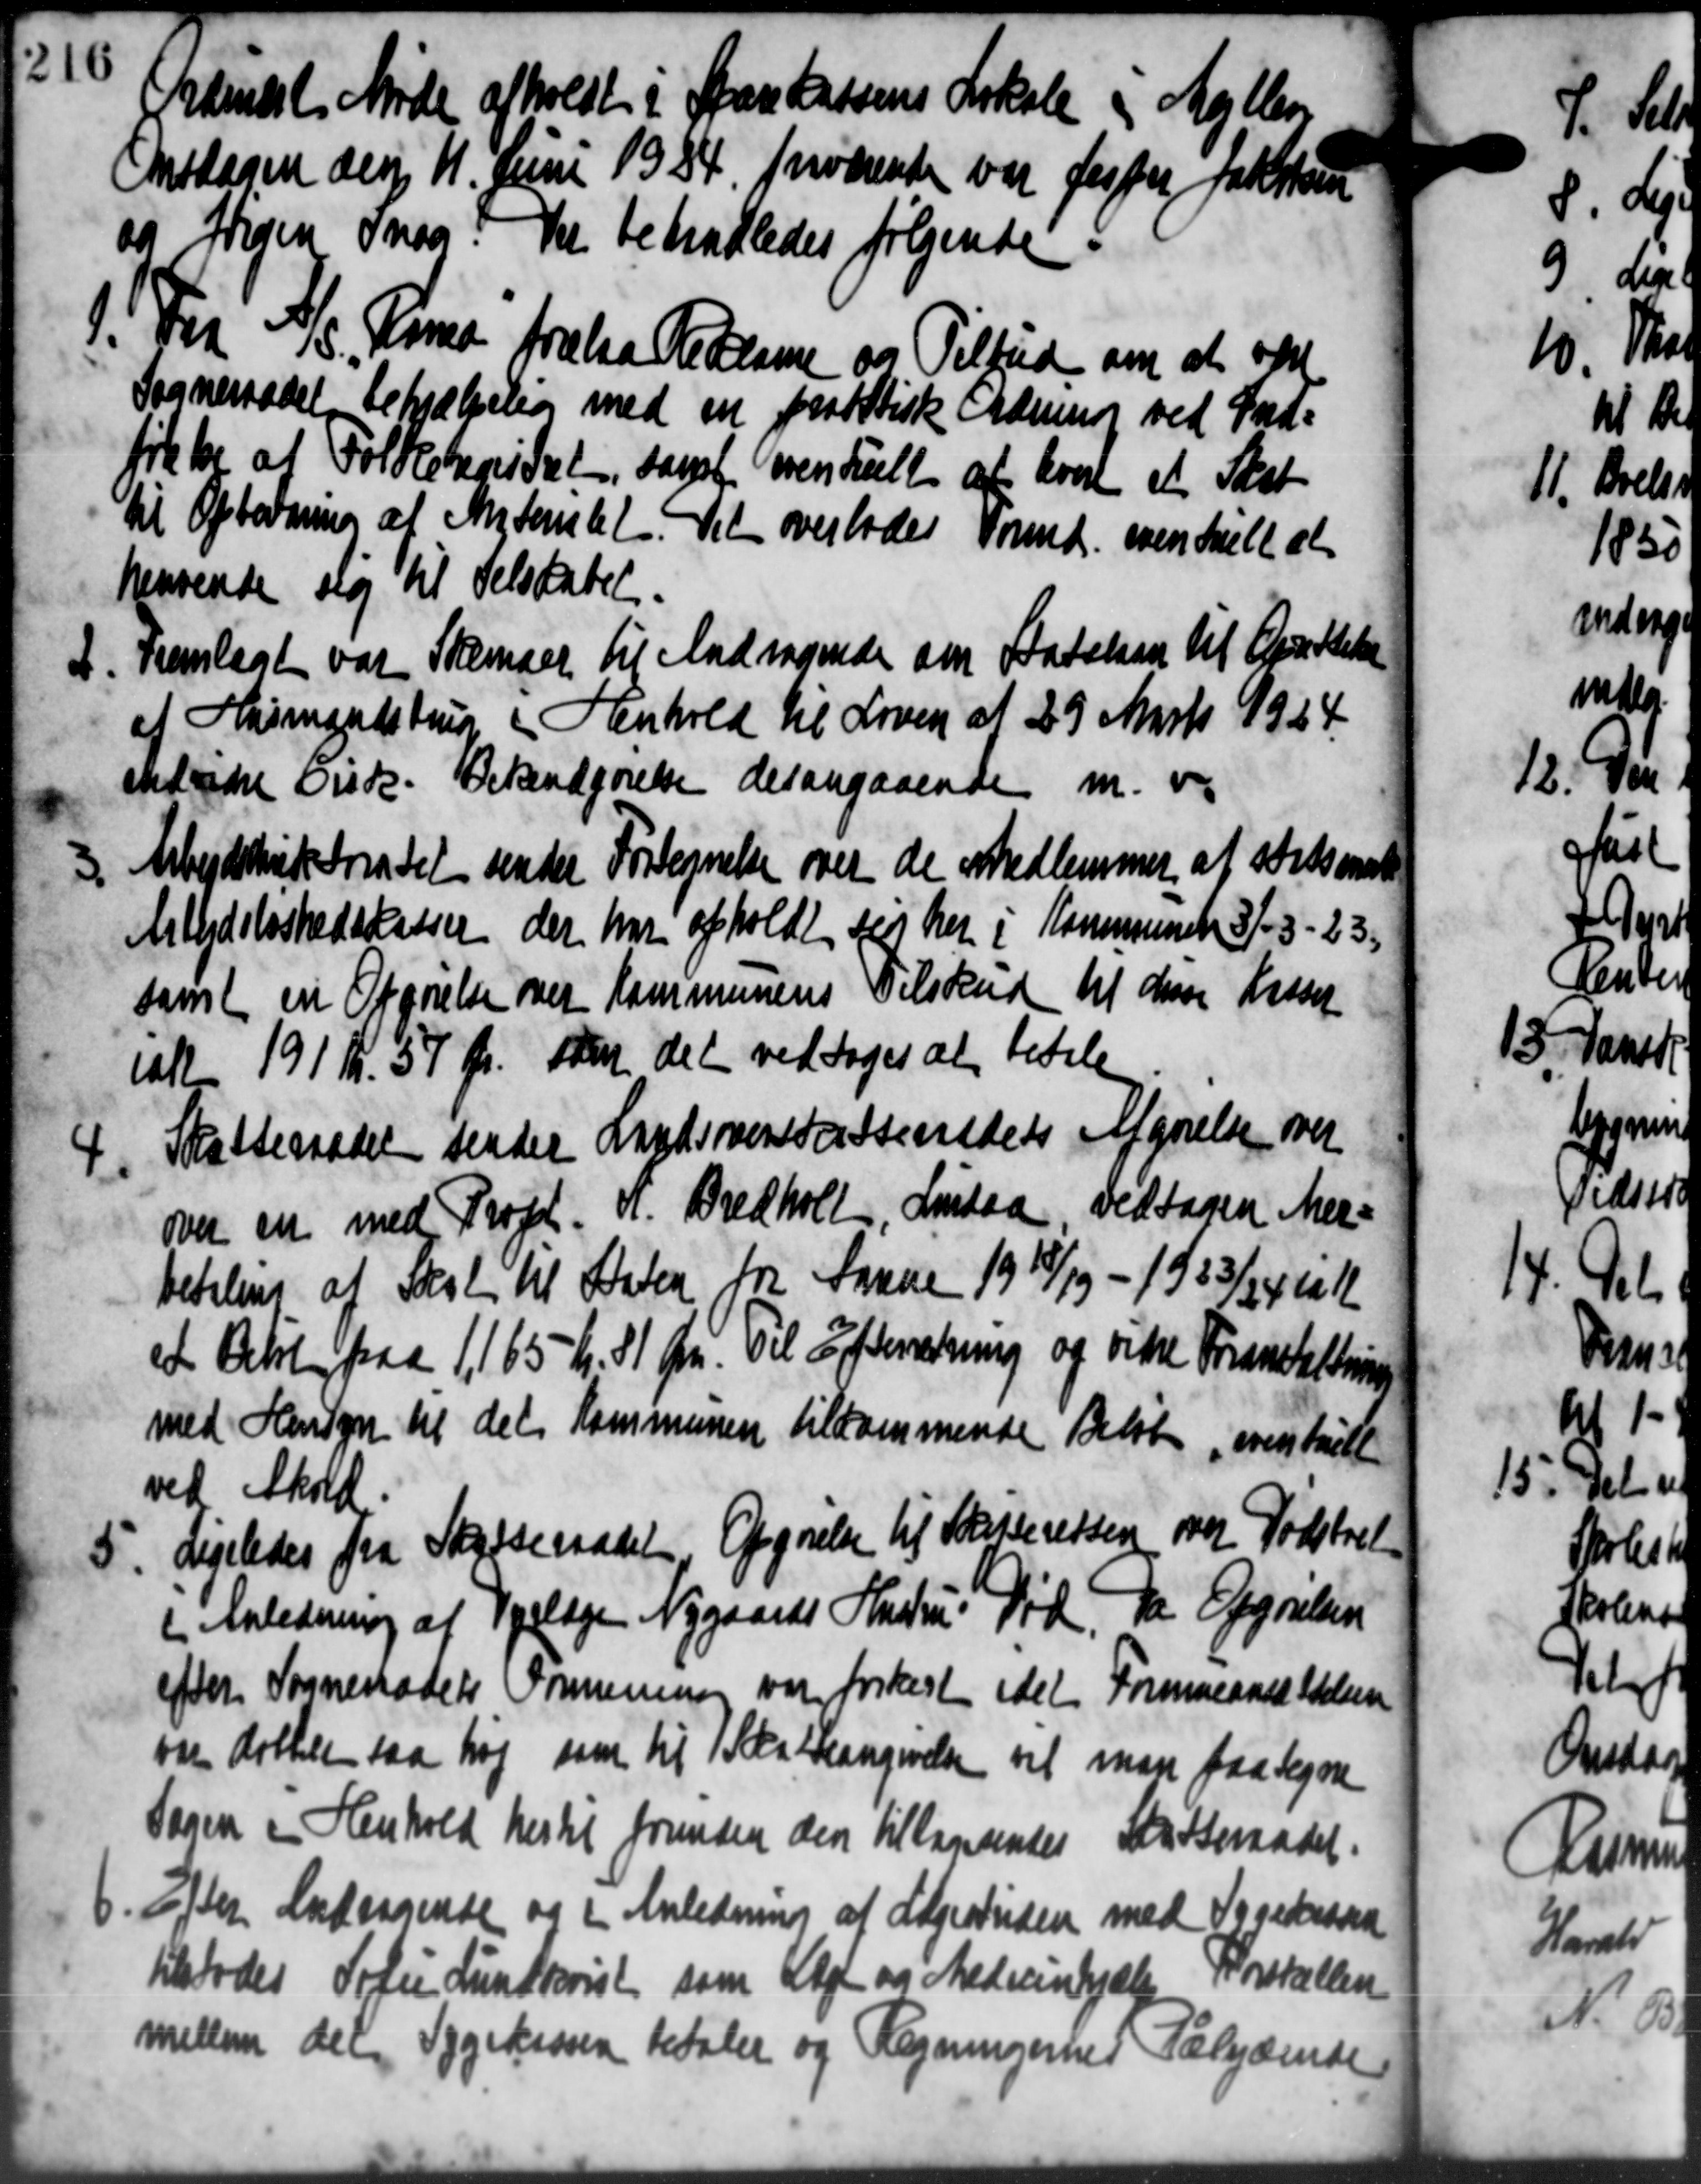
Transskription:
Brandste Møde afholdt i Sparekassens Lokale i A
Onsdagen den 11. Juni 1924 Brødrende var Jesper Jakobsen
og Inden Snog. Der behanledes følgende
14
14 i A/S. Rima frelaa Pederne og Tilbud om at være
Sogneraadet behjælpelig med en paatstiske Ordning ved Ind-
tiktor at Folkebordet, samt eventuelt af hvert et Skat
til Oplodning af Materialet. Det overlodes Formd. oventuelt at
hensende slag til Selskabet.
7. Fremlagt var Skemaer til Andragende om Batelsen til Oprettelse
7. Fremlagt var Skemaer til Andragende om Batelsen til Oprettelse
af Husmandstrup i Henhold til Loven af 29 Marts 1924.
ekkede Cirk. Bekendgørelse det angaaende m. v.

Arbejdstik traadet sender Fortegnelse over de Medlemmer af statsanst
Arbejdsløshedskassen der har afholdt sig her i Kommunen 3/3-23.
samt en Opgørelse over Kommunens Tilskud til disse Kasser
att 191 Kr. 57 Øre som det vedtoges at betale

Skatteraadet sender Landiverskatteredets Afgørelse over
over en med Prof. N. Bredholt, Lindaa, vedtagen Mer=
betaling af Skole til Staten fra Larene 1918/19 - 1933/34 i 1
et Belte paa 1,165 Kr. 81 Øre. Til Efterretning og vitte Foranstaltnin
med Hensyn til det Kommunen tilkommende Beløb, overstuelt
ved Aksel
5
Ligeledes fra Skatteraadet Opgørelse til Skatteressen over Fødstret
i Anledning af Dyrlæge Nygaards Hustru. Død, da Opgørelsen
efter Sogneraadets Kommunen vare forkest idet Formueansættelsen
par Rothen saa høj som til 1 Skatteangivelsen vil man paategne
Sagen i Henhold hertil fremsen den tilbagesendes Skatteraadet.

Efter Andragende og i Anledning af Udgivtiden med Sygekassen
tilstodes Sofie Lundtvist som lagt og Medicinhjælp Porstallen
mellem det Sygekassen betaler og Regningerned Sælydend